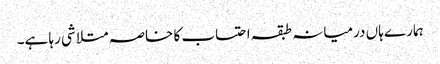
ہمارے ہاں درمیانہ طبقہ احتساب کا خاصہ متلاشی رہا ہے۔